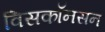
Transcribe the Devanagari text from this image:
विसकॉनसन